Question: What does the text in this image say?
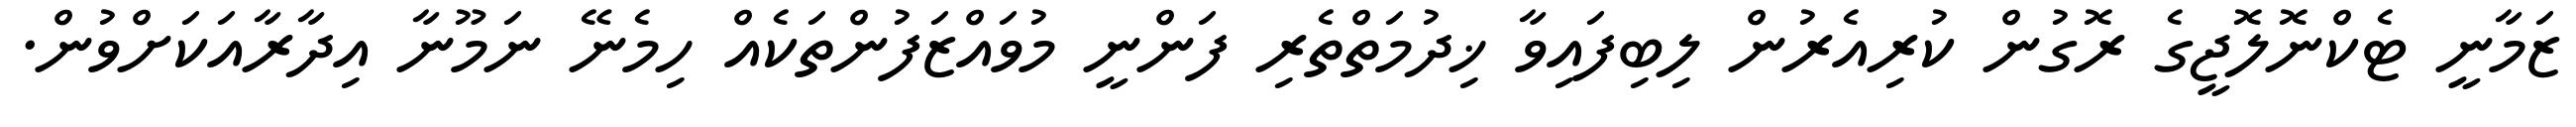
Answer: ޒަމާނީ ޓެކްނޮލޮޖީގެ ރޮގުން ކުރިއެރުން ލިބިފައިވާ ޚިދުމަތްތެރި ފަންނީ މުވައްޒަފުންތަކެއް ހިމެނޭ ނަމޫނާ އިދާރާއަކަށްވުން.